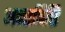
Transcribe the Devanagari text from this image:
अनाविष्टि